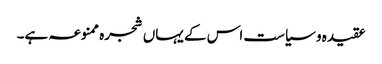
عقیدہ و سیاست اس کے یہاں شجرہ ممنوعہ ہے۔